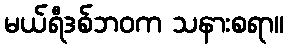
မယ်ရီဒစ်ဘဝက သနားစရာ။